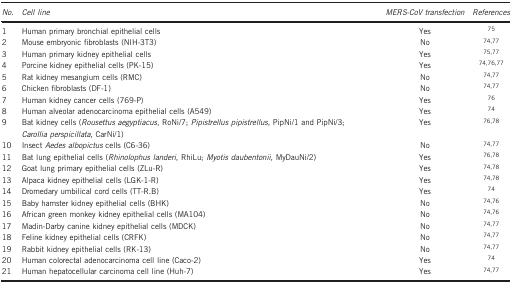
<table><thead><tr><td><b><i>No.</i></b></td><td><b><i>Cell line</i></b></td><td><b><i>MERS-CoV transfection</i></b></td><td><b><i>References</i></b></td></tr></thead><tbody><tr><td>1</td><td>Human primary bronchial epithelial cells</td><td>Yes</td><td><sup>75</sup></td></tr><tr><td>2</td><td>Mouse embryonic fibroblasts (NIH-3T3)</td><td>No</td><td><sup>74, 77</sup></td></tr><tr><td>3</td><td>Human primary kidney epithelial cells</td><td>Yes</td><td><sup>75, 77</sup></td></tr><tr><td>4</td><td>Porcine kidney epithelial cells (PK-15)</td><td>Yes</td><td><sup>74, 76, 77</sup></td></tr><tr><td>5</td><td>Rat kidney mesangium cells (RMC)</td><td>No</td><td><sup>74, 77</sup></td></tr><tr><td>6</td><td>Chicken fibroblasts (DF-1)</td><td>No</td><td><sup>74, 77</sup></td></tr><tr><td>7</td><td>Human kidney cancer cells (769-P)</td><td>Yes</td><td><sup>76</sup></td></tr><tr><td>8</td><td>Human alveolar adenocarcinoma epithelial cells (A549)</td><td>Yes</td><td><sup>74</sup></td></tr><tr><td>9</td><td>Bat kidney cells (<i>Rousettus aegyptiacus</i>, RoNi/7; <i>Pipistrellus pipistrellus</i>, PipNi/1 and PipNi/3; <i>Carollia perspicillata</i>, CarNi/1)</td><td>Yes</td><td><sup>76, 78</sup></td></tr><tr><td>10</td><td>Insect <i>Aedes albopictus</i> cells (C6-36)</td><td>No</td><td><sup>74, 77</sup></td></tr><tr><td>11</td><td>Bat lung epithelial cells (<i>Rhinolophus landeri</i>, RhiLu; <i>Myotis daubentonii</i>, MyDauNi/2)</td><td>Yes</td><td><sup>76, 78</sup></td></tr><tr><td>12</td><td>Goat lung primary epithelial cells (ZLu-R)</td><td>Yes</td><td><sup>74, 78</sup></td></tr><tr><td>13</td><td>Alpaca kidney epithelial cells (LGK-1-R)</td><td>Yes</td><td><sup>74, 78</sup></td></tr><tr><td>14</td><td>Dromedary umbilical cord cells (TT-R.B)</td><td>Yes</td><td><sup>74</sup></td></tr><tr><td>15</td><td>Baby hamster kidney epithelial cells (BHK)</td><td>No</td><td><sup>74, 76</sup></td></tr><tr><td>16</td><td>African green monkey kidney epithelial cells (MA104)</td><td>No</td><td><sup>74, 76</sup></td></tr><tr><td>17</td><td>Madin-Darby canine kidney epithelial cells (MDCK)</td><td>No</td><td><sup>74, 77</sup></td></tr><tr><td>18</td><td>Feline kidney epithelial cells (CRFK)</td><td>No</td><td><sup>74, 77</sup></td></tr><tr><td>19</td><td>Rabbit kidney epithelial cells (RK-13)</td><td>No</td><td><sup>74, 77</sup></td></tr><tr><td>20</td><td>Human colorectal adenocarcinoma cell line (Caco-2)</td><td>Yes</td><td><sup>74</sup></td></tr><tr><td>21</td><td>Human hepatocellular carcinoma cell line (Huh-7)</td><td>Yes</td><td><sup>74, 77</sup></td></tr></tbody></table>